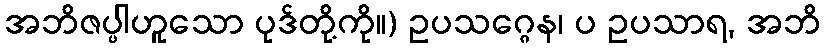
အဘိဇပ္ပါဟူသော ပုဒ်တို့ကို။) ဥပသဂ္ဂေန၊ ပ ဥပသာရ, အဘိ